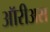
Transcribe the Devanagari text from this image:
ऑरीअस